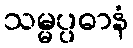
သမ္မပ္ပဓာနံ